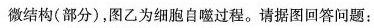
微结构(部分)，图乙为细胞自噬过程。请据图回答问题：